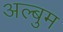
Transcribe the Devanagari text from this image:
अल्बुम